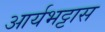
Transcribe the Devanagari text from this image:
आर्यभट्टास